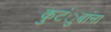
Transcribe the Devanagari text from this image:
कुटंुबांना